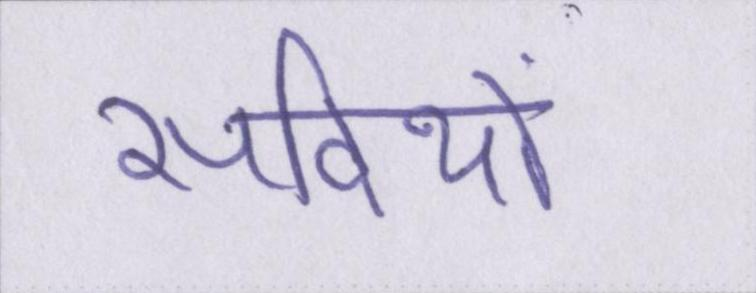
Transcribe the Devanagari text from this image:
सदियों